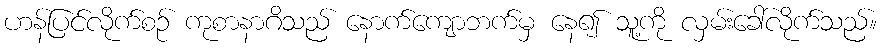
ဟန်ပြင်လိုက်စဉ် ကုစာနာဂိသည် နောက်ကျောဘက်မှ နေ၍ သူ့ကို လှမ်းခေါ်လိုက်သည်။